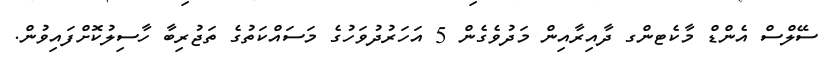
ސޭލްސް އެންޑް މާކެޓންގ ދާއިރާއިން މަދުވެގެން 5 އަހަރުދުވަހުގެ މަސައްކަތުގެ ތަޖުރިބާ ހާސިލުކޮށްފައިވުން.